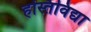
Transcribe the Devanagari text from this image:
हस्तिविद्या